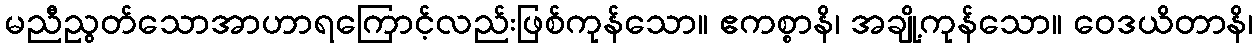
မညီညွတ်သောအာဟာရကြောင့်လည်းဖြစ်ကုန်သော။ ဧကစ္စာနိ၊ အချို့ကုန်သော။ ဝေဒယိတာနိ၊